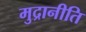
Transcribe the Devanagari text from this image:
मुद्रानीति